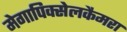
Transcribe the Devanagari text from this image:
मेगापिक्सेलकैमरा